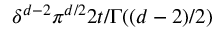
\delta ^ { d - 2 } \pi ^ { d / 2 } 2 t / \Gamma ( ( d - 2 ) / 2 )